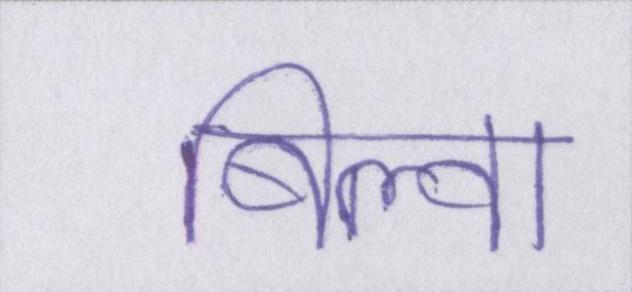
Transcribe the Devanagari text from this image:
बिल्व